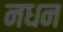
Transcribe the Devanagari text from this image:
नधन